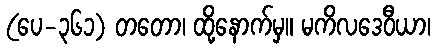
(ပေ-၃၆၁) တတော၊ ထို့နောက်မှ။ မကိလဒေဝီယာ၊